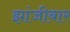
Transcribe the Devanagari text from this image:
झांजीबार